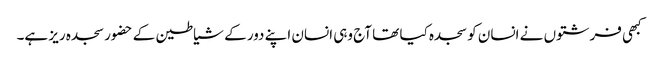
کبھی فرشتوں نے انسان کو سجدہ کیا تھا آج وہی انسان اپنے دور کے شیاطین کے حضور سجدہ ریز ہے۔